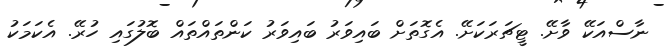
ނާސްއަކޭ ވާށޭ. ޓީޗަރަކަށޭ. އެގޮތަށް ބައިވަރު ބައިވަރު ކަންތައްތައް ބޮލުގައި ހުރޭ. އެކަމަކު